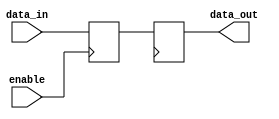
module enable_latch(
    input data_in,
    input enable,
    output reg data_out
);

reg data_next;

always @ (posedge enable)
begin
    if (enable)
        data_next <= data_in;
end

always @ (posedge clk)
begin
    data_out <= data_next;
end

endmodule